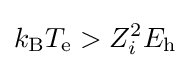
k_{\text{B}}T_{\text{e}}>Z_{i}^{2}E_{\text{h}}